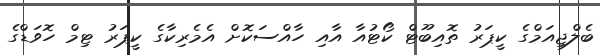
ބެލްޖިއަމްގެ ކީޕަރު ތޮއިބޫޓް ކޯޓުއާ އާއި ހާއްސަކޮށް އެމެރިކާގެ ކީޕަރު ޓިމް ހޮވަޑްގެ